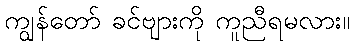
ကျွန်တော် ခင်ဗျားကို ကူညီရမလား။